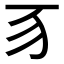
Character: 𬺻